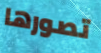
تصورها